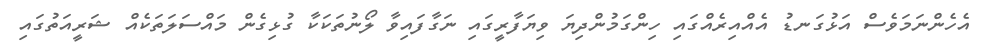
އެހެންނަމަވެސް އަޅުގަނޑު އެއްއިރެއްގައި ހިންގަމުންދިޔަ ވިޔަފާރީގައި ނަގާފައިވާ ލޯނުތަކަކާ ގުޅިގެން މައްސަލަތަކެއް ޝަރީއަތުގައި